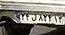
۲۴ل۸۲۴۱۳